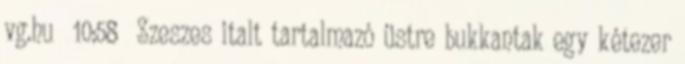
vg.hu 10:58 Szeszes italt tartalmazó üstre bukkantak egy kétezer